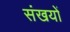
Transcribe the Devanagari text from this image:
संखयों